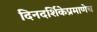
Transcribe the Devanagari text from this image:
दिनदर्शिकेप्रमाणेच